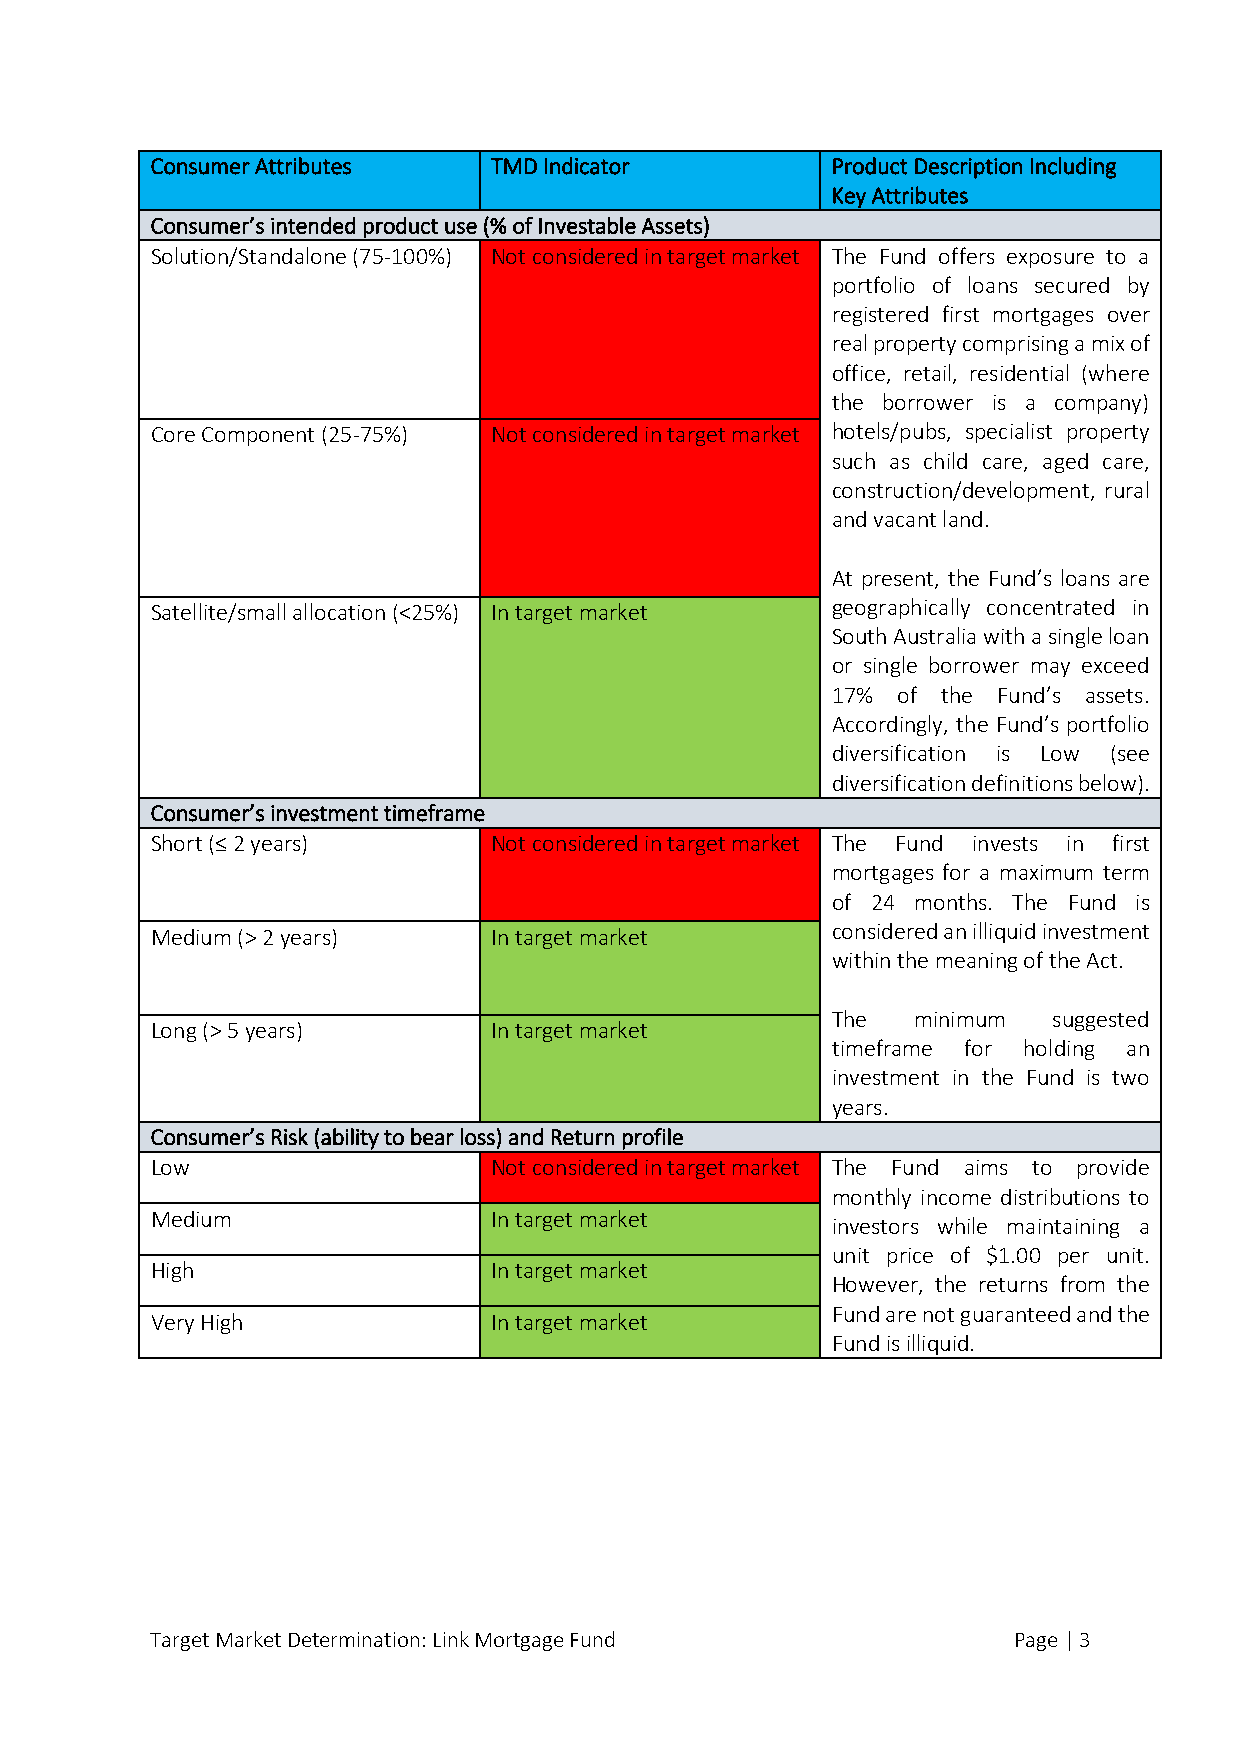
Consumer Attributes   TMD Indicator          Product Description Including
 Key Attributes
 Consumer’s intended product use (% of Investable Assets)
 Solution/Standalone (75-100%) Not considered in target market The Fund offers exposure to a
 portfolio of loans secured by
 registered first mortgages over
 real property comprising a mix of
 office, retail, residential (where
 the borrower is a company)
 Core Component (25-75%) Not considered in target market hotels/pubs, specialist property
 such as child care, aged care,
 construction/development, rural
 and vacant land.
 At present, the Fund’s loans are
 Satellite/small allocation (<25%) In target market geographically concentrated in
 South Australia with a single loan
 or single borrower may exceed
 17% of the Fund’s assets.
 Accordingly, the Fund’s portfolio
 diversification is Low (see
 diversification definitions below).
 Consumer’s investment timeframe
 Short (≤ 2 years)     Not considered in target market The Fund invests in first
 mortgages for a maximum term
 of 24 months. The Fund is
 Medium (> 2 years)    In target market       considered an illiquid investment
 within the meaning of the Act.
 The  minimum   suggested
 Long (> 5 years)      In target market
 timeframe for holding an
 investment in the Fund is two
 years.
 Consumer’s Risk (ability to bear loss) and Return profile
 Low                   Not considered in target market The Fund aims to provide
 monthly income distributions to
 Medium                In target market
 investors while maintaining a
 unit price of $1.00 per unit.
 High                  In target market
 However, the returns from the
 Fund are not guaranteed and the
 Very High             In target market
 Fund is illiquid.
 Target Market Determination: Link Mortgage Fund          Page | 3